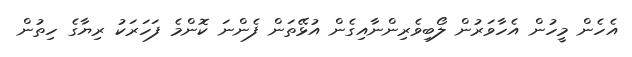
އެހެން މީހުން އެހާވަރުން ލޯބިވެރިންނާއިގެން އުޅޭތަން ފެންނަ ކޮންމެ ފަހަރަކު ރިޔާގެ ހިތުން